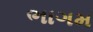
ભાગમ